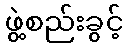
ဖွဲ့စည်းခွင့်